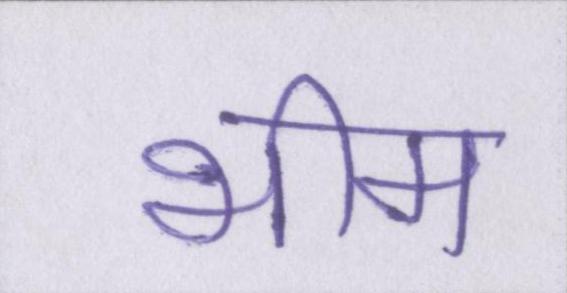
भीम